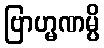
ဗြာဟ္မဏမ္ပိ